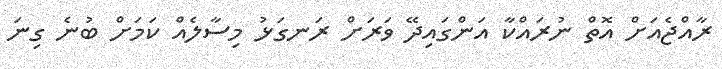
ރާއްޖެއަށް އޮތް ނުރައްކާ އަންގައިދޭ ވަރަށް ރަނގަޅު މިސާލެއް ކަމަށް ބުނެ ގިނަ